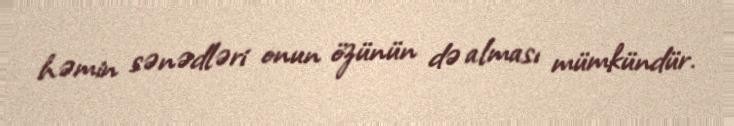
həmin sənədləri onun özünün də alması mümkündür.